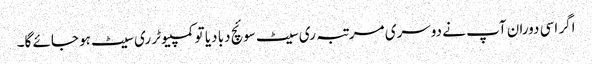
اگر اسی دوران آپ نے دوسری مرتبہ ری سیٹ سوئچ دبا دیا تو کمپیوٹر ری سیٹ ہو جائے گا۔